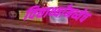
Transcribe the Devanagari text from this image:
विद्यार्थ्यांमध्येच